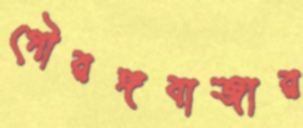
গৌরঙ্গবাজার